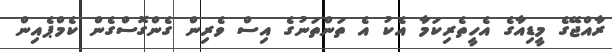
ރާއްޖޭގެ މީޑިއާގެ އެހީތެރިކަމާ އެކު އެ ތަންތަނުގެ އިސް ވެރިން ގެންގޮސްގެން ކެމްޕެއިން